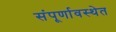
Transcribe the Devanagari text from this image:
संंपूर्णावस्थेत